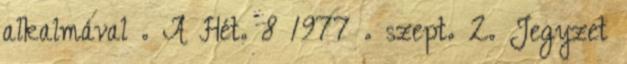
alkalmával . A Hét. 8 1977 . szept. 2. Jegyzet